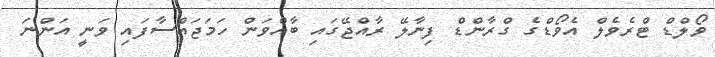
ވޯލްޑް ޓްރެވެލް އެވޯޑްގެ ގްރާންޑް ފިނާލޭ ރާއްޖޭގައި ބާއްވަން ހަމަޖައްސާފައި ވަނީ އަންނަ